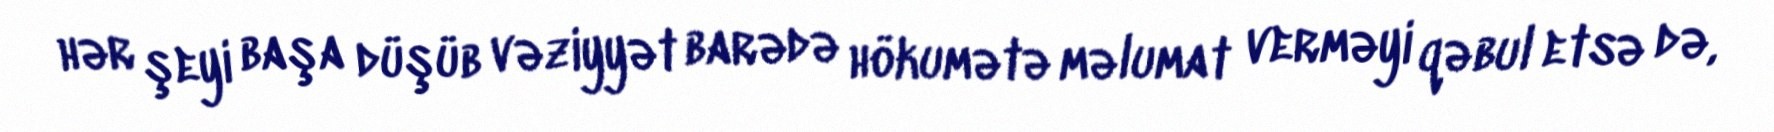
hər şeyi başa düşüb vəziyyət barədə hökumətə məlumat verməyi qəbul etsə də,